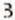
3